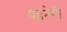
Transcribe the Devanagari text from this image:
पहनेगी